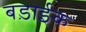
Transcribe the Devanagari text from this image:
बड़ाईक